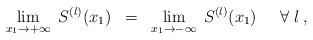
LaTeX: \begin{align*}\lim_{x_1 \rightarrow + \infty} \; S^{(l)}(x_1) \; \; = \; \;\lim_{x_1 \rightarrow - \infty} \; S^{(l)}(x_1) \; \; \; \; \;\forall \; l \; ,\end{align*}